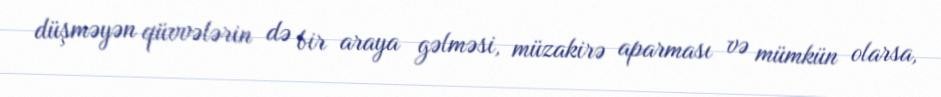
düşməyən qüvvələrin də bir araya gəlməsi, müzakirə aparması və mümkün olarsa,